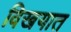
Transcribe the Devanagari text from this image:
विखयात